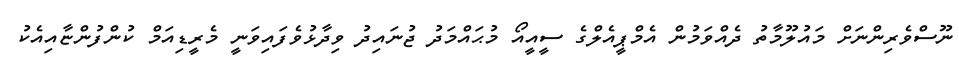
ނޫސްވެރިންނަށް މައުލޫމާތު ދެއްވަމުން އެމްޕީއެލްގެ ސީއީއޯ މުޙައްމަދު ޖުނައިދު ވިދާޅުވެފައިވަނީ މެރީޑިއަމް ކުންފުންޏާއިއެކު